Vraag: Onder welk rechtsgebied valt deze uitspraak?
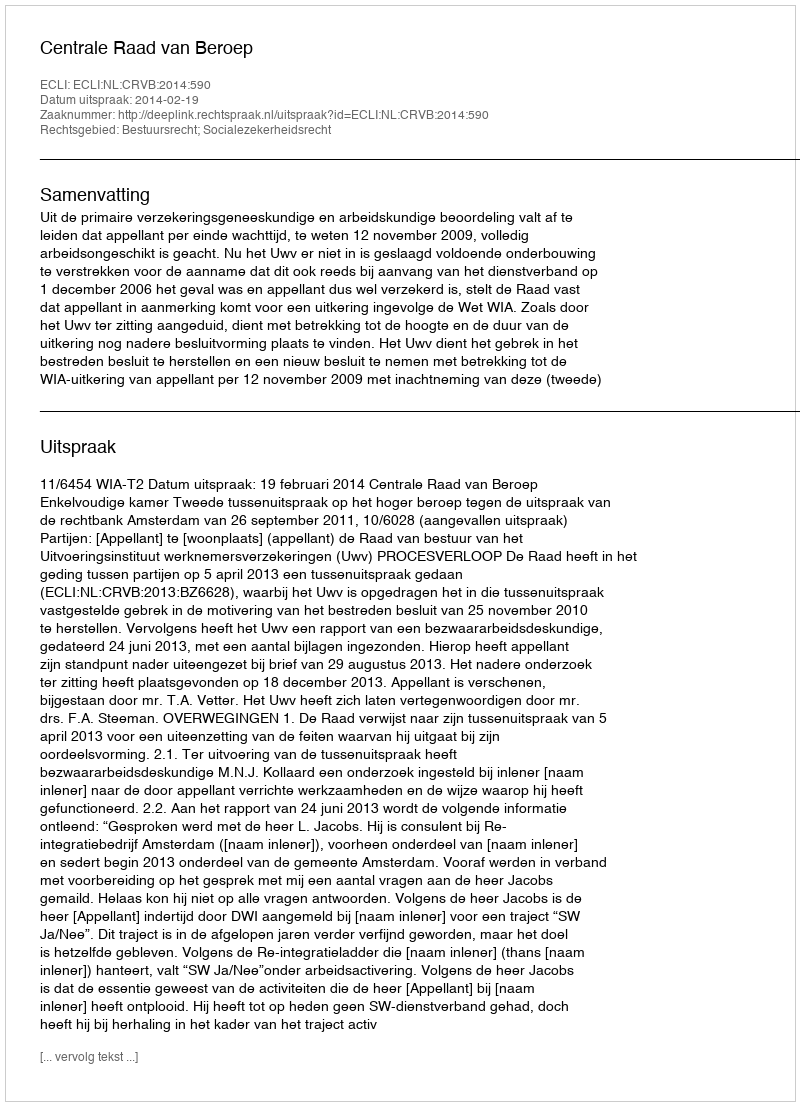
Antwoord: Bestuursrecht; Socialezekerheidsrecht